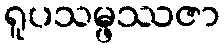
ရူပသမ္ဖဿဇာ